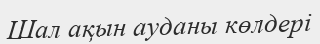
Шал ақын ауданы көлдері